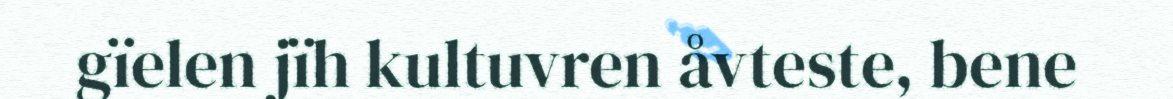
gïelen jïh kultuvren åvteste, bene